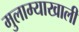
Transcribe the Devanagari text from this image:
मुलाम्याखाली